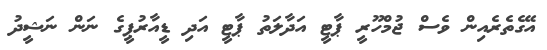
އޭގެތެރެއިން ވެސް ޖުމްހޫރީ ޕާޓީ އަދާލަތު ޕާޓީ އަދި ޑީއާރުޕީގެ ނަން ނަޝީދު